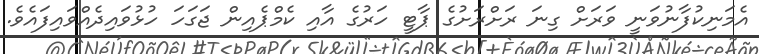
އެމަނިކުފާނުވަނީ ވަރަށް ގިނަ ރަށްރަށުގެ ޕާޓީ ހަރުގެ އާއި ކެމްޕެއިން ޖަގަހަ ހުޅުވައިދެއްވައިފައެވެ.